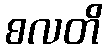
စလတိ